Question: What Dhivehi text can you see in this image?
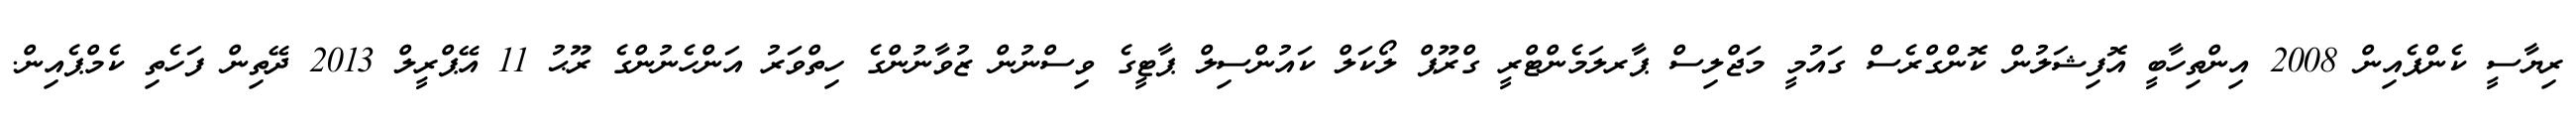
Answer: ރިޔާސީ ކެންޕެއިން 2008 އިންތިހާބީ އޮފިޝަލުން ކޮންގްރެސް ގައުމީ މަޖްލިސް ޕާރލަމެންޓްރީ ގްރޫޕް ލޯކަލް ކައުންސިލް ޕާޓީގެ ވިސްނުން ޒުވާނުންގެ ހިތްވަރު އަންހެނުންގެ ރޫޙު 11 އޭޕްރީލް 2013 ދޭތިން ފަހެތި ކެމްޕެއިން.